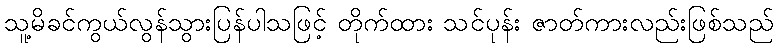
သူ့မိခင်ကွယ်လွန်သွားပြန်ပါသဖြင့် တိုက်ထား သင်ပုန်း ဇာတ်ကားလည်းဖြစ်သည်